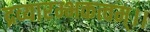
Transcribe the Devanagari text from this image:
द्रव्यारम्भकत्वम्।।